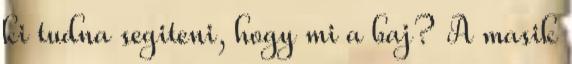
ki tudna segiteni, hogy mi a baj? A masik